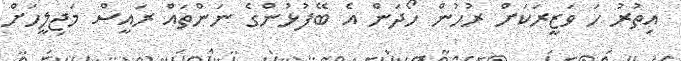
އިތުރު ހަ ވަޒީރަކަށް ރުހުން ހޯދަން އެ ބޭފުޅުންގެ ނަންތައް ރައީސް މަޖިލީހަށް